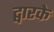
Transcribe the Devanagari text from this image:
द्वारके